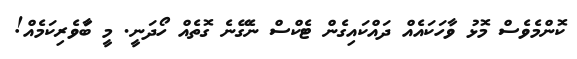
ކޮންމެވެސް މޮޅު ވާހަކައެއް ދައްކައިގެން ޓެކްސް ނެގޭނެ ގޮތެއް ހޯދަނީ. މީ ބަާވެރިކަމެއް!